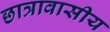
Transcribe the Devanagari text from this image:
छात्रावासीय